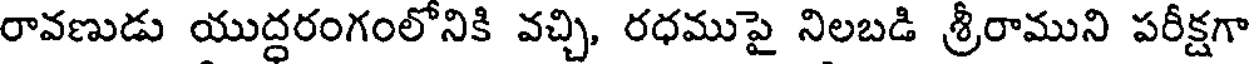
రావణుడు యుద్ధరంగంలోనికి వచ్చి, రధముపై నిలబడి శ్రీరాముని పరీక్షగా